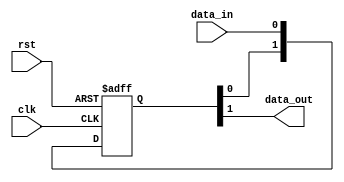
module  omsp_sync_cell (

// OUTPUTs
    data_out,                      // Synchronized data output

// INPUTs
    clk,                           // Receiving clock
    data_in,                       // Asynchronous data input
    rst                            // Receiving reset (active high)
);

// OUTPUTs
//=========
output              data_out;      // Synchronized data output

// INPUTs
//=========
input               clk;          // Receiving clock
input               data_in;      // Asynchronous data input
input               rst;          // Receiving reset (active high)


//=============================================================================
// 1)  SYNCHRONIZER
//=============================================================================

reg  [1:0] data_sync;

always @(posedge clk or posedge rst)
  if (rst) data_sync <=  2'b00;
  else     data_sync <=  {data_sync[0], data_in};

assign     data_out   =   data_sync[1];


endmodule